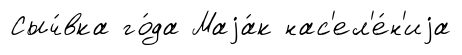
Сыч́вка го́да Маjа́к нас'ел'е́н'иjа